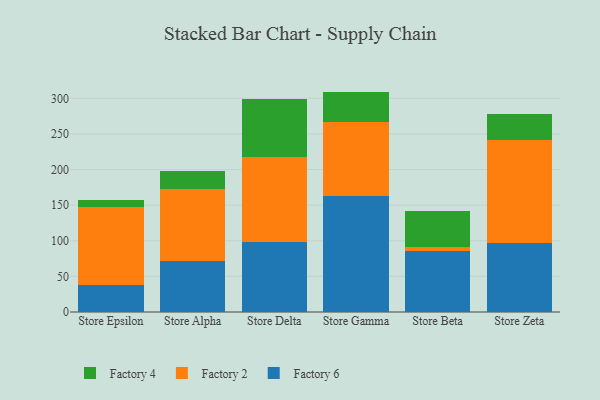
{"axis": {"x": "Store", "y": "Churn Rate (%)"}, "legend": ["Factory 2", "Factory 4", "Factory 6"], "data": [{"x": "Store Epsilon", "y": 37.3, "type": "Factory 6"}, {"x": "Store Epsilon", "y": 110.2, "type": "Factory 2"}, {"x": "Store Epsilon", "y": 9.2, "type": "Factory 4"}, {"x": "Store Alpha", "y": 71.8, "type": "Factory 6"}, {"x": "Store Alpha", "y": 100.5, "type": "Factory 2"}, {"x": "Store Alpha", "y": 26.3, "type": "Factory 4"}, {"x": "Store Delta", "y": 98.1, "type": "Factory 6"}, {"x": "Store Delta", "y": 119.6, "type": "Factory 2"}, {"x": "Store Delta", "y": 82.0, "type": "Factory 4"}, {"x": "Store Gamma", "y": 162.6, "type": "Factory 6"}, {"x": "Store Gamma", "y": 104.3, "type": "Factory 2"}, {"x": "Store Gamma", "y": 42.5, "type": "Factory 4"}, {"x": "Store Beta", "y": 85.8, "type": "Factory 6"}, {"x": "Store Beta", "y": 5.8, "type": "Factory 2"}, {"x": "Store Beta", "y": 50.8, "type": "Factory 4"}, {"x": "Store Zeta", "y": 97.0, "type": "Factory 6"}, {"x": "Store Zeta", "y": 144.1, "type": "Factory 2"}, {"x": "Store Zeta", "y": 37.5, "type": "Factory 4"}]}